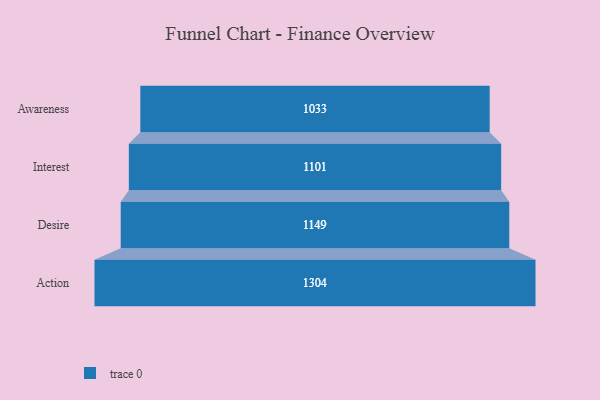
{"axis": {"x": "Stage", "y": "Value"}, "legend": [""], "data": [{"x": "Awareness", "y": 1033.0, "type": ""}, {"x": "Interest", "y": 1101.0, "type": ""}, {"x": "Desire", "y": 1149.0, "type": ""}, {"x": "Action", "y": 1304.0, "type": ""}]}